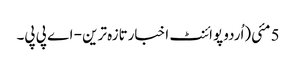
5 مئی(اُردو پوائنٹ اخبارتازہ ترین - اے پی پی۔